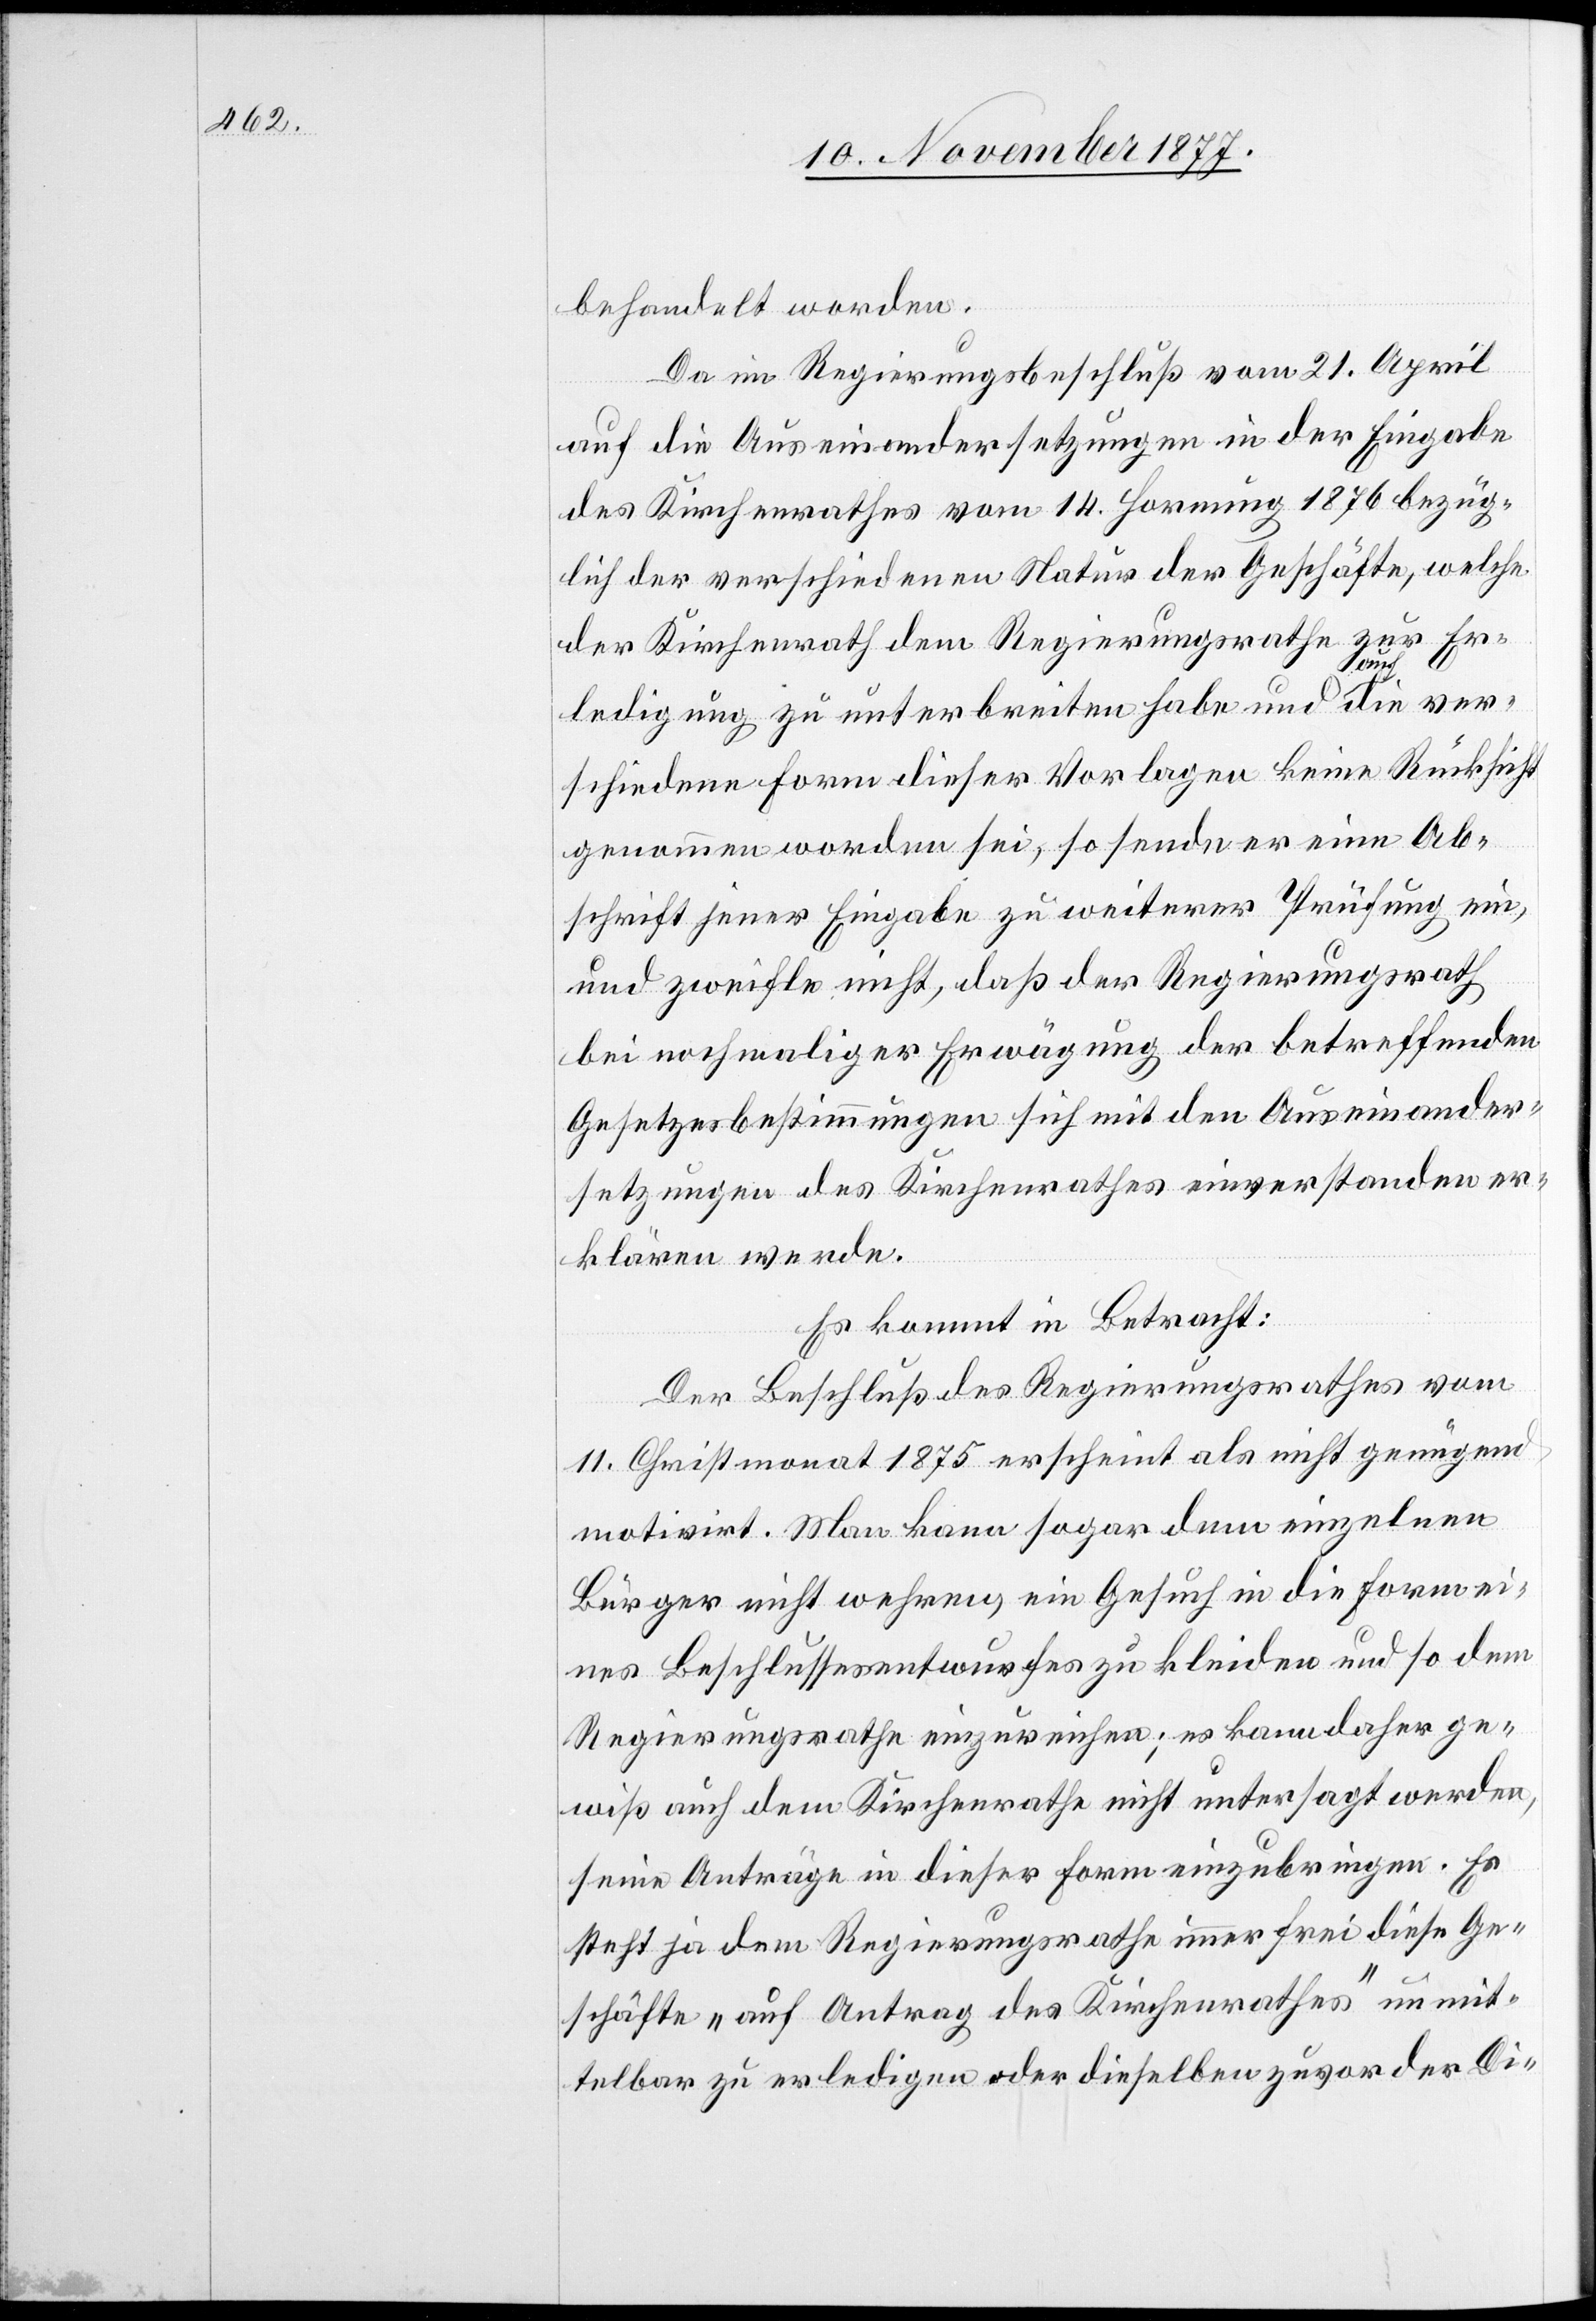
behandelt worden.
Da im Regierungsbeschluß vom 21. April
auf die Auseinandersetzungen in der Eingabe
des Kirchenrathes vom 14. Hornung 1876 bezüg¬
lich der verschiedenen Natur der Geschäfte, welche
der Kirchenrath dem Regierungsrathe zur Er¬
ledigung zu unterbreiten habe und auch die ver¬
schiedene Form dieser Vorlagen keine Rücksicht
genommen worden sei, so sende er eine Ab¬
schrift jener Eingabe zu weiterer Prüfung ein,
und zweifle nicht, daß der Regierungsrath
bei nochmaliger Erwägung der betreffenden
Gesetzesbestimmungen sich mit den Auseinander¬
setzungen des Kirchenrathes einverstanden er¬
klären werde.
Es kommt in Betracht:
Der Beschluß des Regierungsrathes vom
11. Christmonat 1875 erscheint als nicht genügend
motivirt. Man kann sogar dem einzelnen
Bürger nicht wehren, ein Gesuch in die Form ei¬
nes Beschlussesentwurfes zu kleiden und so dem
Regierungsrathe einzureichen; es kann daher ge¬
wiß auch dem Kirchenrathe nicht untersagt werden,
seine Anträge in dieser Form einzubringen. Es
steht ja dem Regierungsrathe immer frei diese Ge¬
schäfte „auf Antrag des Kirchenrathes“ unmit¬
telbar zu erledigen oder dieselben zuvor der Di-